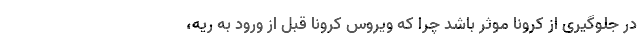
در جلوگیری از کرونا موثر باشد چرا که ویروس کرونا قبل از ورود به ریه،